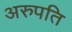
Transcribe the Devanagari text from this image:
अरुपति